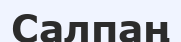
Салпаң